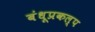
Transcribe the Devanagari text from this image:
बंधूप्रकल्प